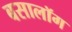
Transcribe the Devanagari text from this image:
बसालॉग